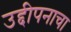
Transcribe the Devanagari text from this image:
उद्दीपनाचा